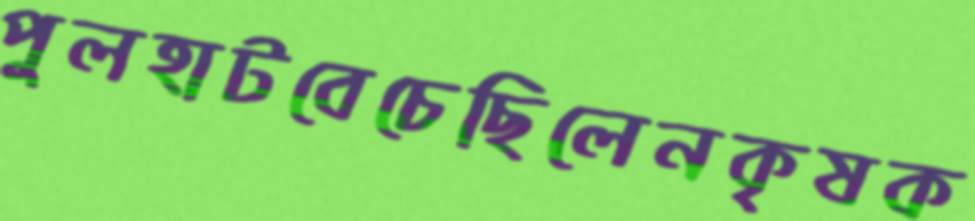
পুলহাটবেচেছিলেনকৃষক